Burma Government Medical School reports 1923-41
Year: 1923
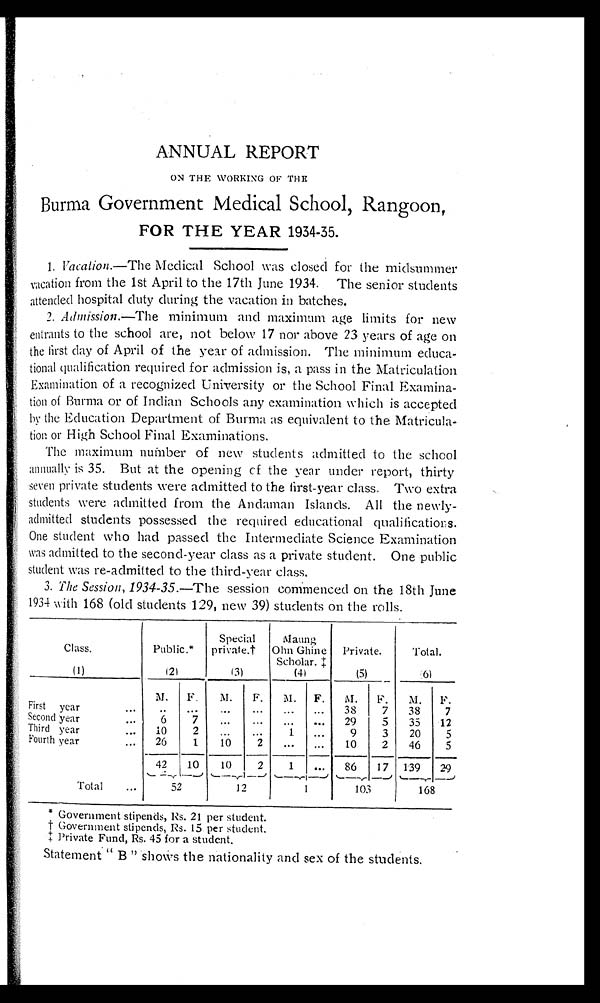
ANNUAL REPORT
ON THE WORKING OF THE
Burma Government Medical School, Rangoon,
FOR THE YEAR 1934-35.
1. Vacation.— The Medical School was closed for the midsummer
vacation from the 1st April to the 17th June 1934. The senior students
attended hospital duty during the vacation in batches.
2. Admission.— The minimum and maximum age limits for new
entrants to the school are, not below 17 nor above 23 years of age on
the first day of April of the year of admission. The minimum educa
- t i o n a l q u a l i f i c a t i o n r e q u i r e d f o r a d m i s s i o n i s , a p a s s i n t h e M a t r i c u l a t i o n
Examination of a recognized University or the School Final Examina
- t i o n o f B u r m a o r o f I n d i a n S c h o o l s a n y e x a m i n a t i o n w h i c h i s a c c e p t e d
by the Education Department of Burma as equivalent to the Matricula
- t i o n o r H i g h S c h o o l F i n a l E x a m i n a t i o n s .
The maximum number of new students admitted to the school
annually is 35. But at the opening of the year under report, thirty
seven private students were admitted to the first-year class. Two extra
students were admitted from the Andaman Islands. All the newly
-admitted students possessed the required educational qualifications.
One student who had passed the Intermediate Science Examination
was admitted to the second-year class as a private student. One public
student was re-admitted to the third-year class.
3.
The Session, 1934-35 .—The session commenced on the 18th June
1934 with 168 (old students 129, new 39) students on the rolls.
Class.
Public.*
Special
private.†
Maung
Ohn Ghine
Scholar.‡
Private.
Total.
(1)
( 2 )
(3)
( 4 )
(5)
( 6 )
First year . . .
M.
F.
M.
F.
M.
F.
M.
F.
M.
F.
. . .
. . .
. . .
. . .
. . .
. . .
38
7
38
7
Second year . . .
6
7
. . .
. . .
. . .
. . .
29
5
35
12
Third year . . .
10
2
. . .
. . .
1
. . .
9
3
20
5
Fourth year . . .
26
1
10
2
. . .
. . .
10
2
46
5
Total . . .
42
10
10
2
1
. . .
86
17 139
29
5 2
12
1
103
168
* Government stipends, Rs. 21 per student.
† Government stipends, Rs. 15 per student.
‡ P r i v a t e F u n d , R s . 4 5 f o r a s t u d e n t .
Statement " B"s h o w s t h e n a t i o n a l i t y a n d s e x o f t h e s t u d e n t s .